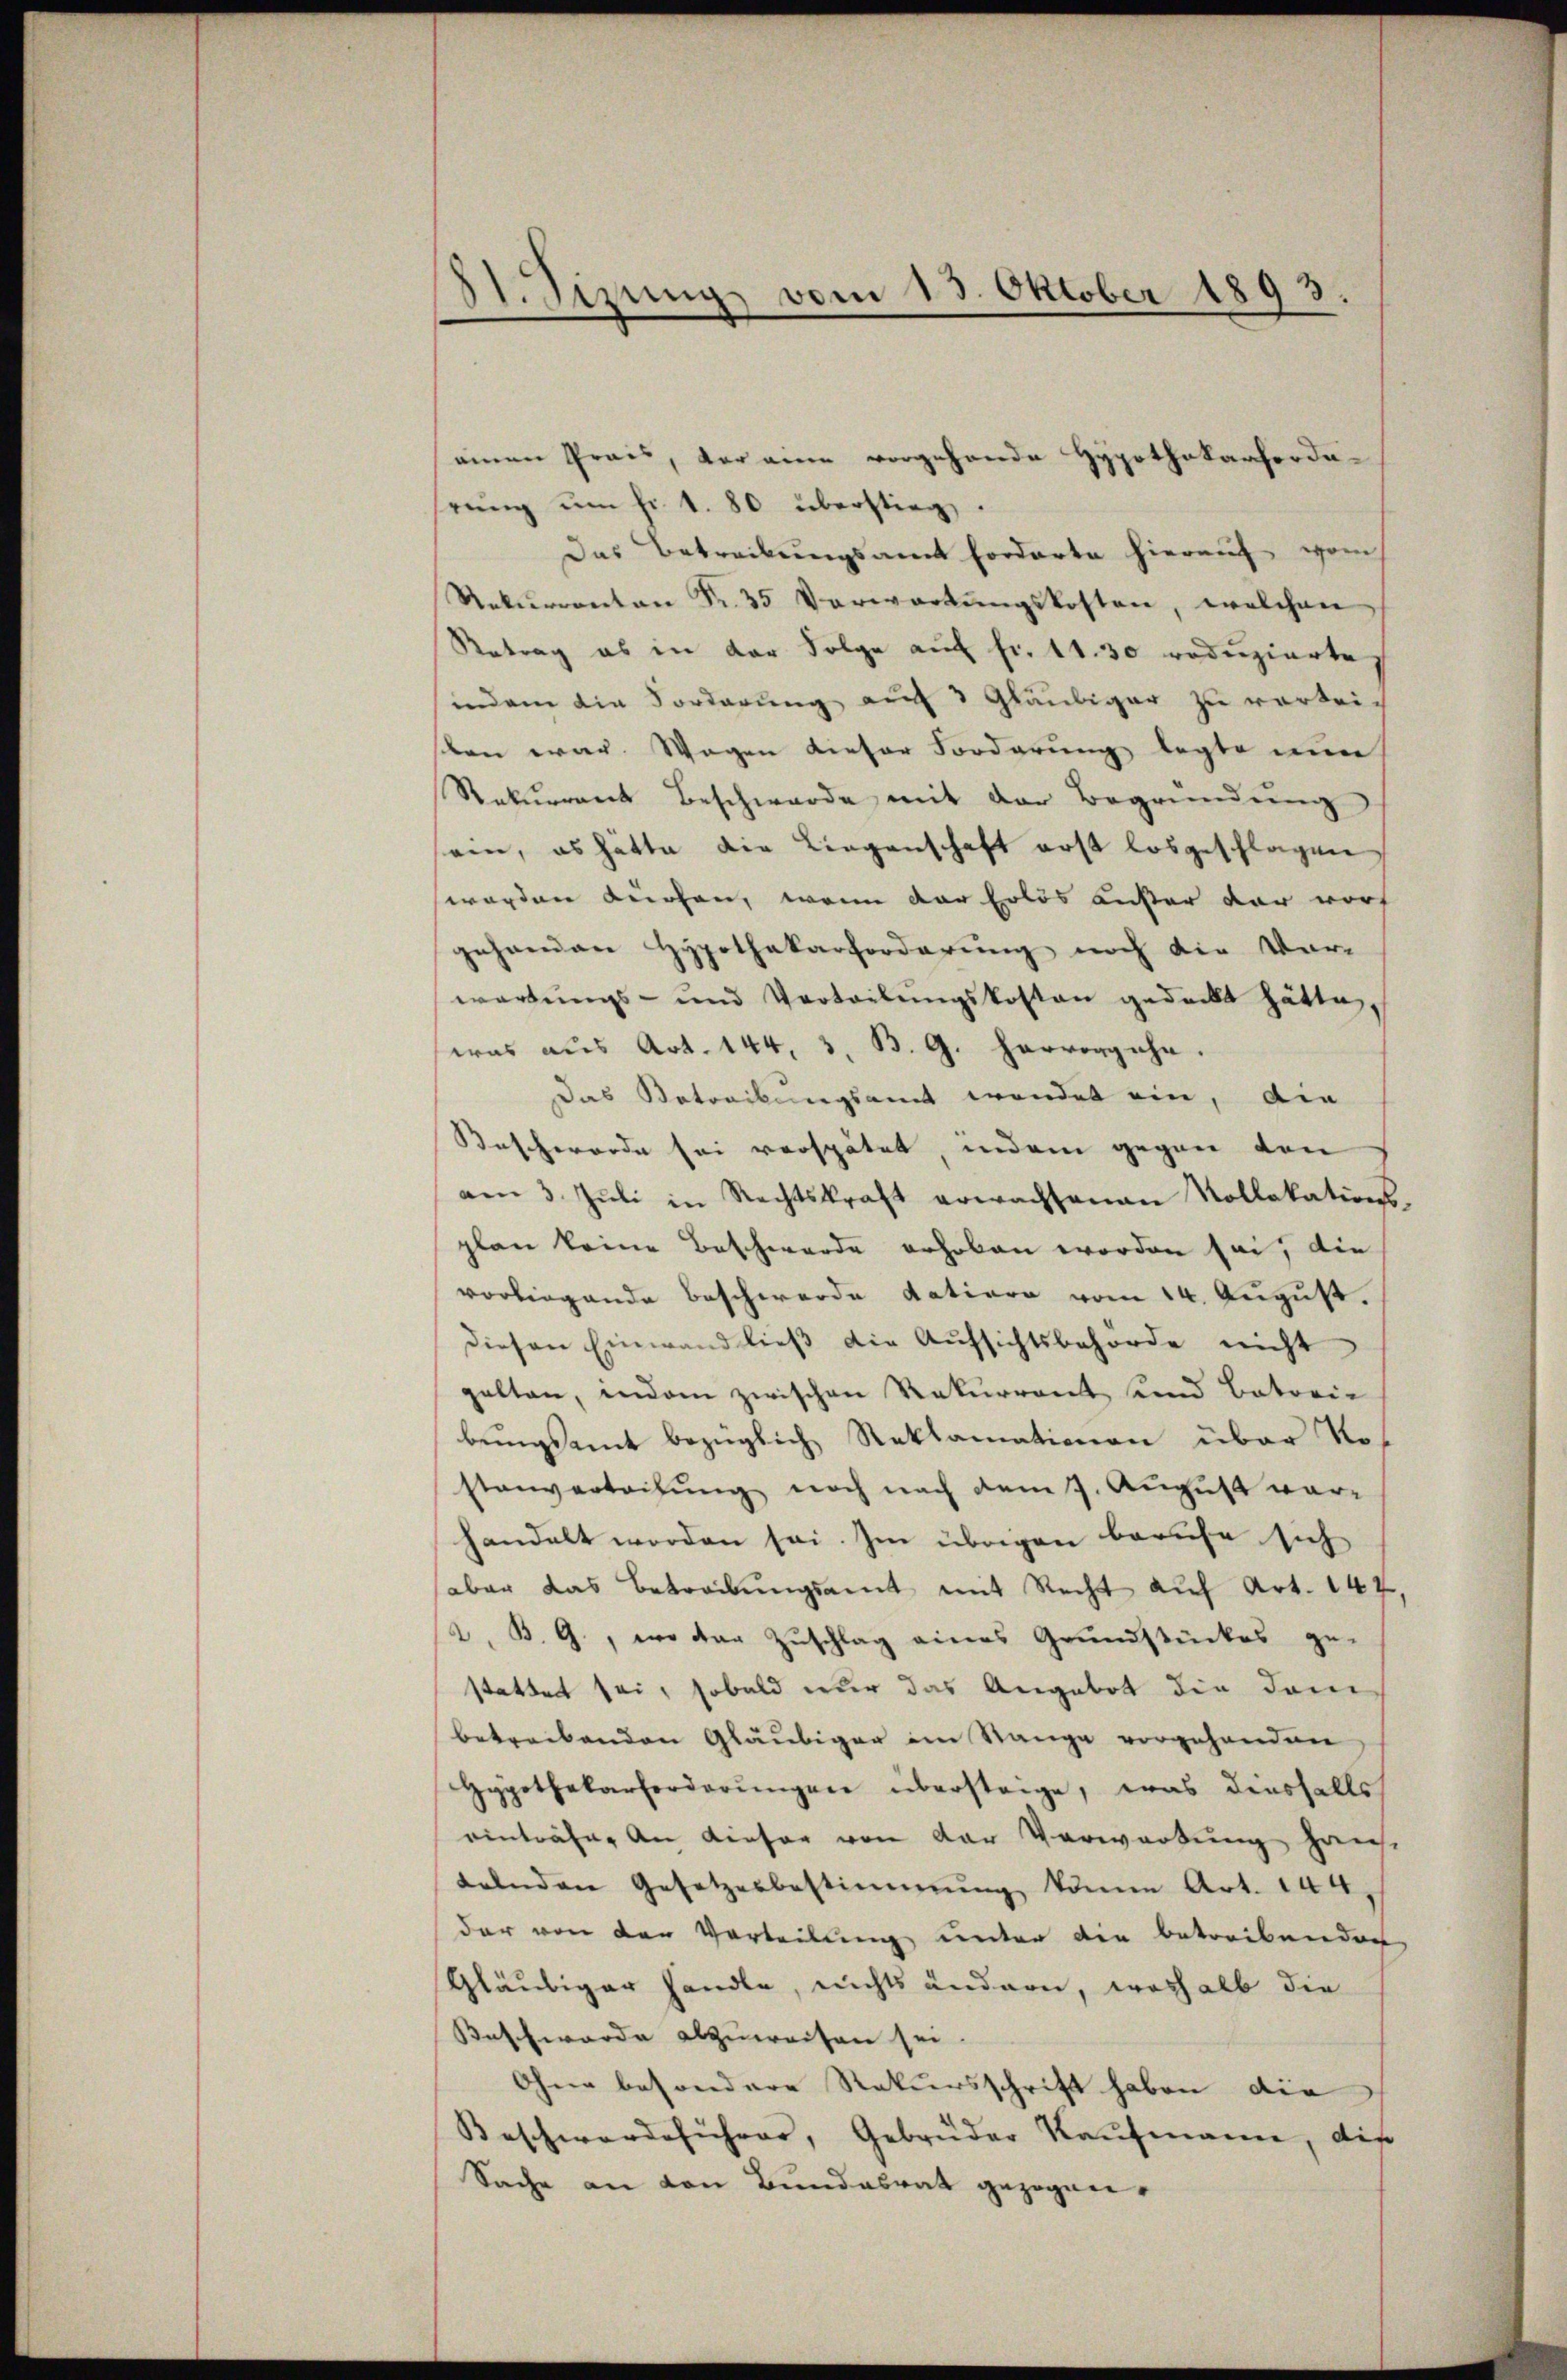
81. Sizung vom 13. Oktober 1893.

einen Prais, der eine vorgehende Hypothekarfordehrŭng ŭm fr. 1. 80 überstieg.
Das Betreibungsamt Forderte hierauf vom
Rekurrenten Fr. 35 Verwartŭngskosten, welchen
Retrag es in der Folge auf fr. 11. 30 reduzierte,
indem die Forderung auf 3 Gläubiger zu verkeilen war. Wegen dieser Forderung legte nun
Rekurrent Beschwerde mit der Begründung
ein, es hätte die Liegenschaft erst losgeschlagen
worden dürfen, wenn der Erlös außer der worf
gehanden Hypothekarforderung noch die Vor-
wartungs- und Vertretŭngskosten gedeckt hätte,
was aus Art. 144, 3. B. G. hervorgehe.
Das Betreibungsamt wendet ein, die
Beschwerde sei verspätet, indem gegen den
am 3. Jŭli in Rechtskraft erwachsenen Kollokations-
plan keine Beschwerde erhoben worden sei, die
vorliegende Beschwerde datiore vom 14. August.
diesen Einwand ließ die Aŭfsichtsbehörde nicht
galten, indem zwischen Rekurrent und Batorie
bungsamt bezüglich Reklamationen über Nostenverteilung noch nach dem 7. August vorhandelt worden sei. Im übrigen berufe sich
aber das Betreibŭngsamt mit Recht auf Art. 147,
2. B. G., wo der Zuschlag eines Grundstückes ge-
stattet sei, sobald nur das Angebot die dam
betreibenden Gläubiger im Stange vorgehenden
Hypothekarforderŭngen übersteige, was diesfalls
einträfe, an dieser von der Verwartung haus
telnden Gesetzesbestimmung könne Art. 144,
der von den Verteilung unter die betreibenden
Gläubiger handle, nichts ändern, weshalb die
Beschwerde abzuweisen sei.
Ohne besondere Rekursschrift haben die
Beschwerdeführer, Gebrüder Kaufmann, die
Sache an von Bundesrat gezogen.